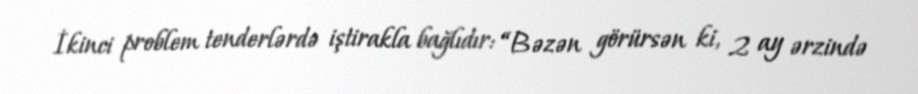
İkinci problem tenderlərdə iştirakla bağlıdır: “Bəzən görürsən ki, 2 ay ərzində